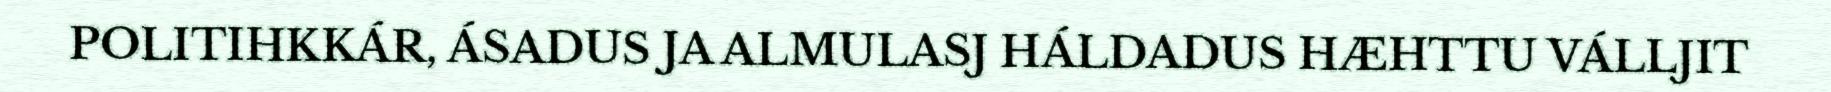
POLITIHKKÁR, ÁSADUS JA ALMULASJ HÁLDADUS HÆHTTU VÁLLJIT